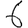
Digit: 6